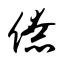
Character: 僚